Indian journal of veterinary science and animal husbandry - Volumes 15-17, 1948-1951
Year: 1948
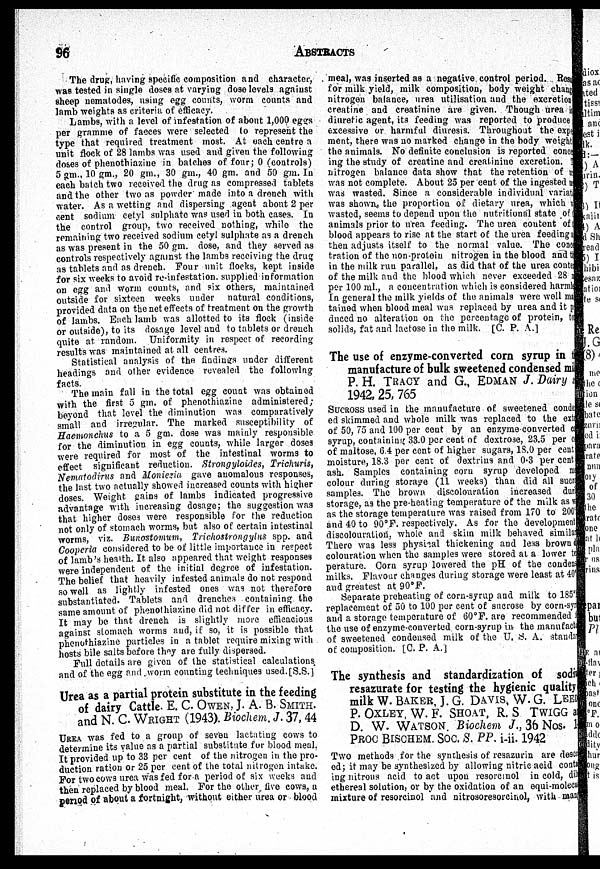
96
ABSTRACTS
The drug, having specific composition and character,
was tested in single doses at varying dose levels against
sheep nematodes, using egg counts, worm counts and
lamb weights as criteria of efficacy.
Lambs, with a level of infestation of about 1,000 eggs
per gramme of faeces were selected to represent the
type that required treatment most. At each centre a
unit flock of 28 lambs was used and given the following
doses of phenothiazine in batches of four ; 0 (controls)
5 gm., 10 gm., 20 gm., 30 gm., 40 gm. and 50 gm. In
each batch two received the drug as compressed tablets
and the other two as powder made into a drench with
water. As a wetting and dispersing agent about 2 per
cent sodium cetyl sulphate was used in both cases. In
the control group, two received nothing, while the
remaining two received sodium cetyl sulphate as a drench
as was present in the 50 gm. dose, and they served as
controls respectively against the lambs receiving the drug
as tablets and as drench. Four unit flocks, kept inside
for six weeks to avoid re-infestation, supplied information
on egg and worm counts, and six others, maintained
outside for sixteen weeks under natural conditions,
provided data on the net effects of treatment on the growth
of lambs. Each lamb was allotted to its flock (inside
or outside), to its dosage level and to tablets or drench
quite at random. Uniformity in respect of recording
results was maintained at all centres.
Statistical analysis of the findings under different
headings and other evidence revealed the following
facts.
The main fall in the total egg count was obtained
with the first 5 gm. of phenothiazine administered;
beyond that level the diminution was comparatively
small and irregular. The marked susceptibility of
Haemonchus to a 5 gm. dose was mainly responsible
for the diminution in egg counts, while larger dose3
were required for most of the intestinal worms to
effect significant reduction. Strongyloides, Trichuris,
Nematodirus and Moniezia gave anomalous responses,
the last two actually showed increased counts with higher
doses. Weight gains of lambs indicated progressive
advantage with increasing dosage; the suggestion was
that higher doses were responsible for the reduction
not only of stomach worms, but also of certain intestinal
worms, viz. Bunostomum, Trichostrongylus spp. and
Cooperia considered to be of little importance in respect
of lamb's health. It also appeared that weight responses
were independent of the initial degree of infestation.
The belief that heavily infested animals do not respond
so well as lightly infested ones was not therefore
substantiated. Tablets and drenches containing the
same amount of phenothiazine did not differ in efficacy.
It may be that drench is slightly more efficacious
against stomach worms and, if so, it is possible that
phenothiazine particles in a tablet require mixing with
hosts bile salts before they are fully dispersed.
Full details are given of the statistical calculations
and of the egg and worm counting techniques used.[S.S.]
Urea as a partial protein substitute in the feeding
of dairy Cattle. E. C OWEN, J. A. B. SMITH.
and N. C. WRIGHT (1943). Biochem. J. 37, 44
UREA was fed to a group of seven lactating cows to
determine its value as a partial substitute for blood meal.
It provided up to 33 per cent of the nitrogen in the pro-
duction ration or 25 per cent of the total nitrogen intake.
For two cows urea was fed for a period of six weeks and
then replaced by blood meal. For the other five cows, a
period of about a fortnight, without either urea or blood
meal, was inserted as a negative control period. Resa
for milk yield, milk composition, body weight chang
nitrogen balance, urea utilisation and the excretion
creatine and creatinine are given. Though urea is
diuretic agent, its feeding was reported to produce
excessive or harmful diuresis. Throughout the expe
ment, there was no marked change in the body weight
the animals. No definite conclusion is reported conce
ing the study of creatine and creatinine excretion. T
nitrogen balance data show that the retention of u
was not complete. About 25 per cent of the ingested u
was wasted. Since a considerable individual variat
was shown, the proportion of dietary urea, which w
wasted, seems to depend upon the nutritional state of
animals prior to urea feeding. The urea content of
blood appears to rise at the start of the urea feeding a
then adjusts itself to the normal value. The cone
tration of the non-protein nitrogen in the blood and t
in the milk run parallel, as did that of the urea conte
of the milk and the blood which never exceeded 28
per 100 ml., a concentration which is considered harml
In general the milk yields of the animals were well ma
tained when blood meal was replaced by urea and it p
duced no alteration on the percentage of protein, to
solids, fat and lactose in the milk. [C. P. A.]
The use of enzyme-converted corn syrup in t
manufacture of bulk sweetened condensed mi l
P. H. TRACY and G., EDMAN J. Dairy s
1942, 25, 765
Sucross used in the manufacture of sweetened conde
ed skimmed and whole milk was replaced to the ext
of 50, 75 and 100 per cent by an enzyme-converted a
syrup, containing 33.0 per cent of dextrose, 23.5 per c
of maltose, 6.4 per cent of higher sugars, 18.0 per cent
moisture, 18.3 per cent of dextrins and 0.3 per cent
ash. Samples containing corn syrup developed
colour during storage (11 weeks) than did all suc
samples. The brown discolouration increased dur
storage, as the pre-heating temperature of the milk as w
as the storage temperature was raised from 170 to 200
and 40 to 90°F. respectively. As for the development
discolouration, whole and skim milk behaved similar
There was less physical thickening and less brown d
colouration when the samples were stored at a lower to
perature. Corn syrup lowered the pH of the conden
milks. Flavour changes during storage were least at 40
and greatest at 90°F.
Separate preheating of corn-syrup and milk to 185º
replacement of 50 to 100 per cent of sucrose by corn-sy
and a storage temperature of 60°F. are recommended 1
the use of enzyme-converted corn-syrup in the manufacti
of sweetened condensed milk of the U. S. A. standa
of composition. [C. P. A.]
The synthesis and standardization of sodi
resazurate for testing the hygienic quality
milk W. BAKEB, J. G. DAVIS, W.G. LEEI
P. OXLEY, W. F. SHOAT, R. S TWIGG a
D. W. WATSON. Biochem J., 36 Nos. 1
PROC BISCHEM. SOC. S. PP. i-ii. 1942
Two methods for the synthesis of resazurin are desc
ed; it may be synthesized by allowing nitric acid conts
ing nitrous acid to act upon resorcmol in cold, dil
ethereal solution, or by the oxidation of an equi-molecu
mixture of resorcinol and nitrosoresorcinol, with man